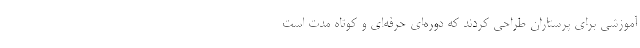
آموزشی برای پرستاران طراحی کردند که دوره‌ای حرفه‌ای و کوتاه مدت است